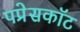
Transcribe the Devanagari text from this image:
पप्रेसकॉट